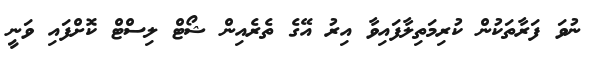
ނުވަ ފަރާތަކުން ކުރިމަތިލާފައިވާ އިރު އޭގެ ތެރެއިން ޝޯޓް ލިސްޓް ކޮށްފައި ވަނީ